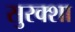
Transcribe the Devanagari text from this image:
सुरक्शा